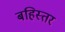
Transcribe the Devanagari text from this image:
बहिस्तर